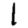
Digit: 1